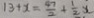
1 3 + x = \frac { 4 7 } { 2 } + \frac { 1 } { 2 } x